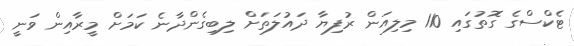
ޓެކްސްގެ ގޮތުގައި 110 މިލިއަން ރުފިޔާ ދައުލަތަށް ލިބިގެންދާނެ ކަމަށް މީރާއިން ވަނީ